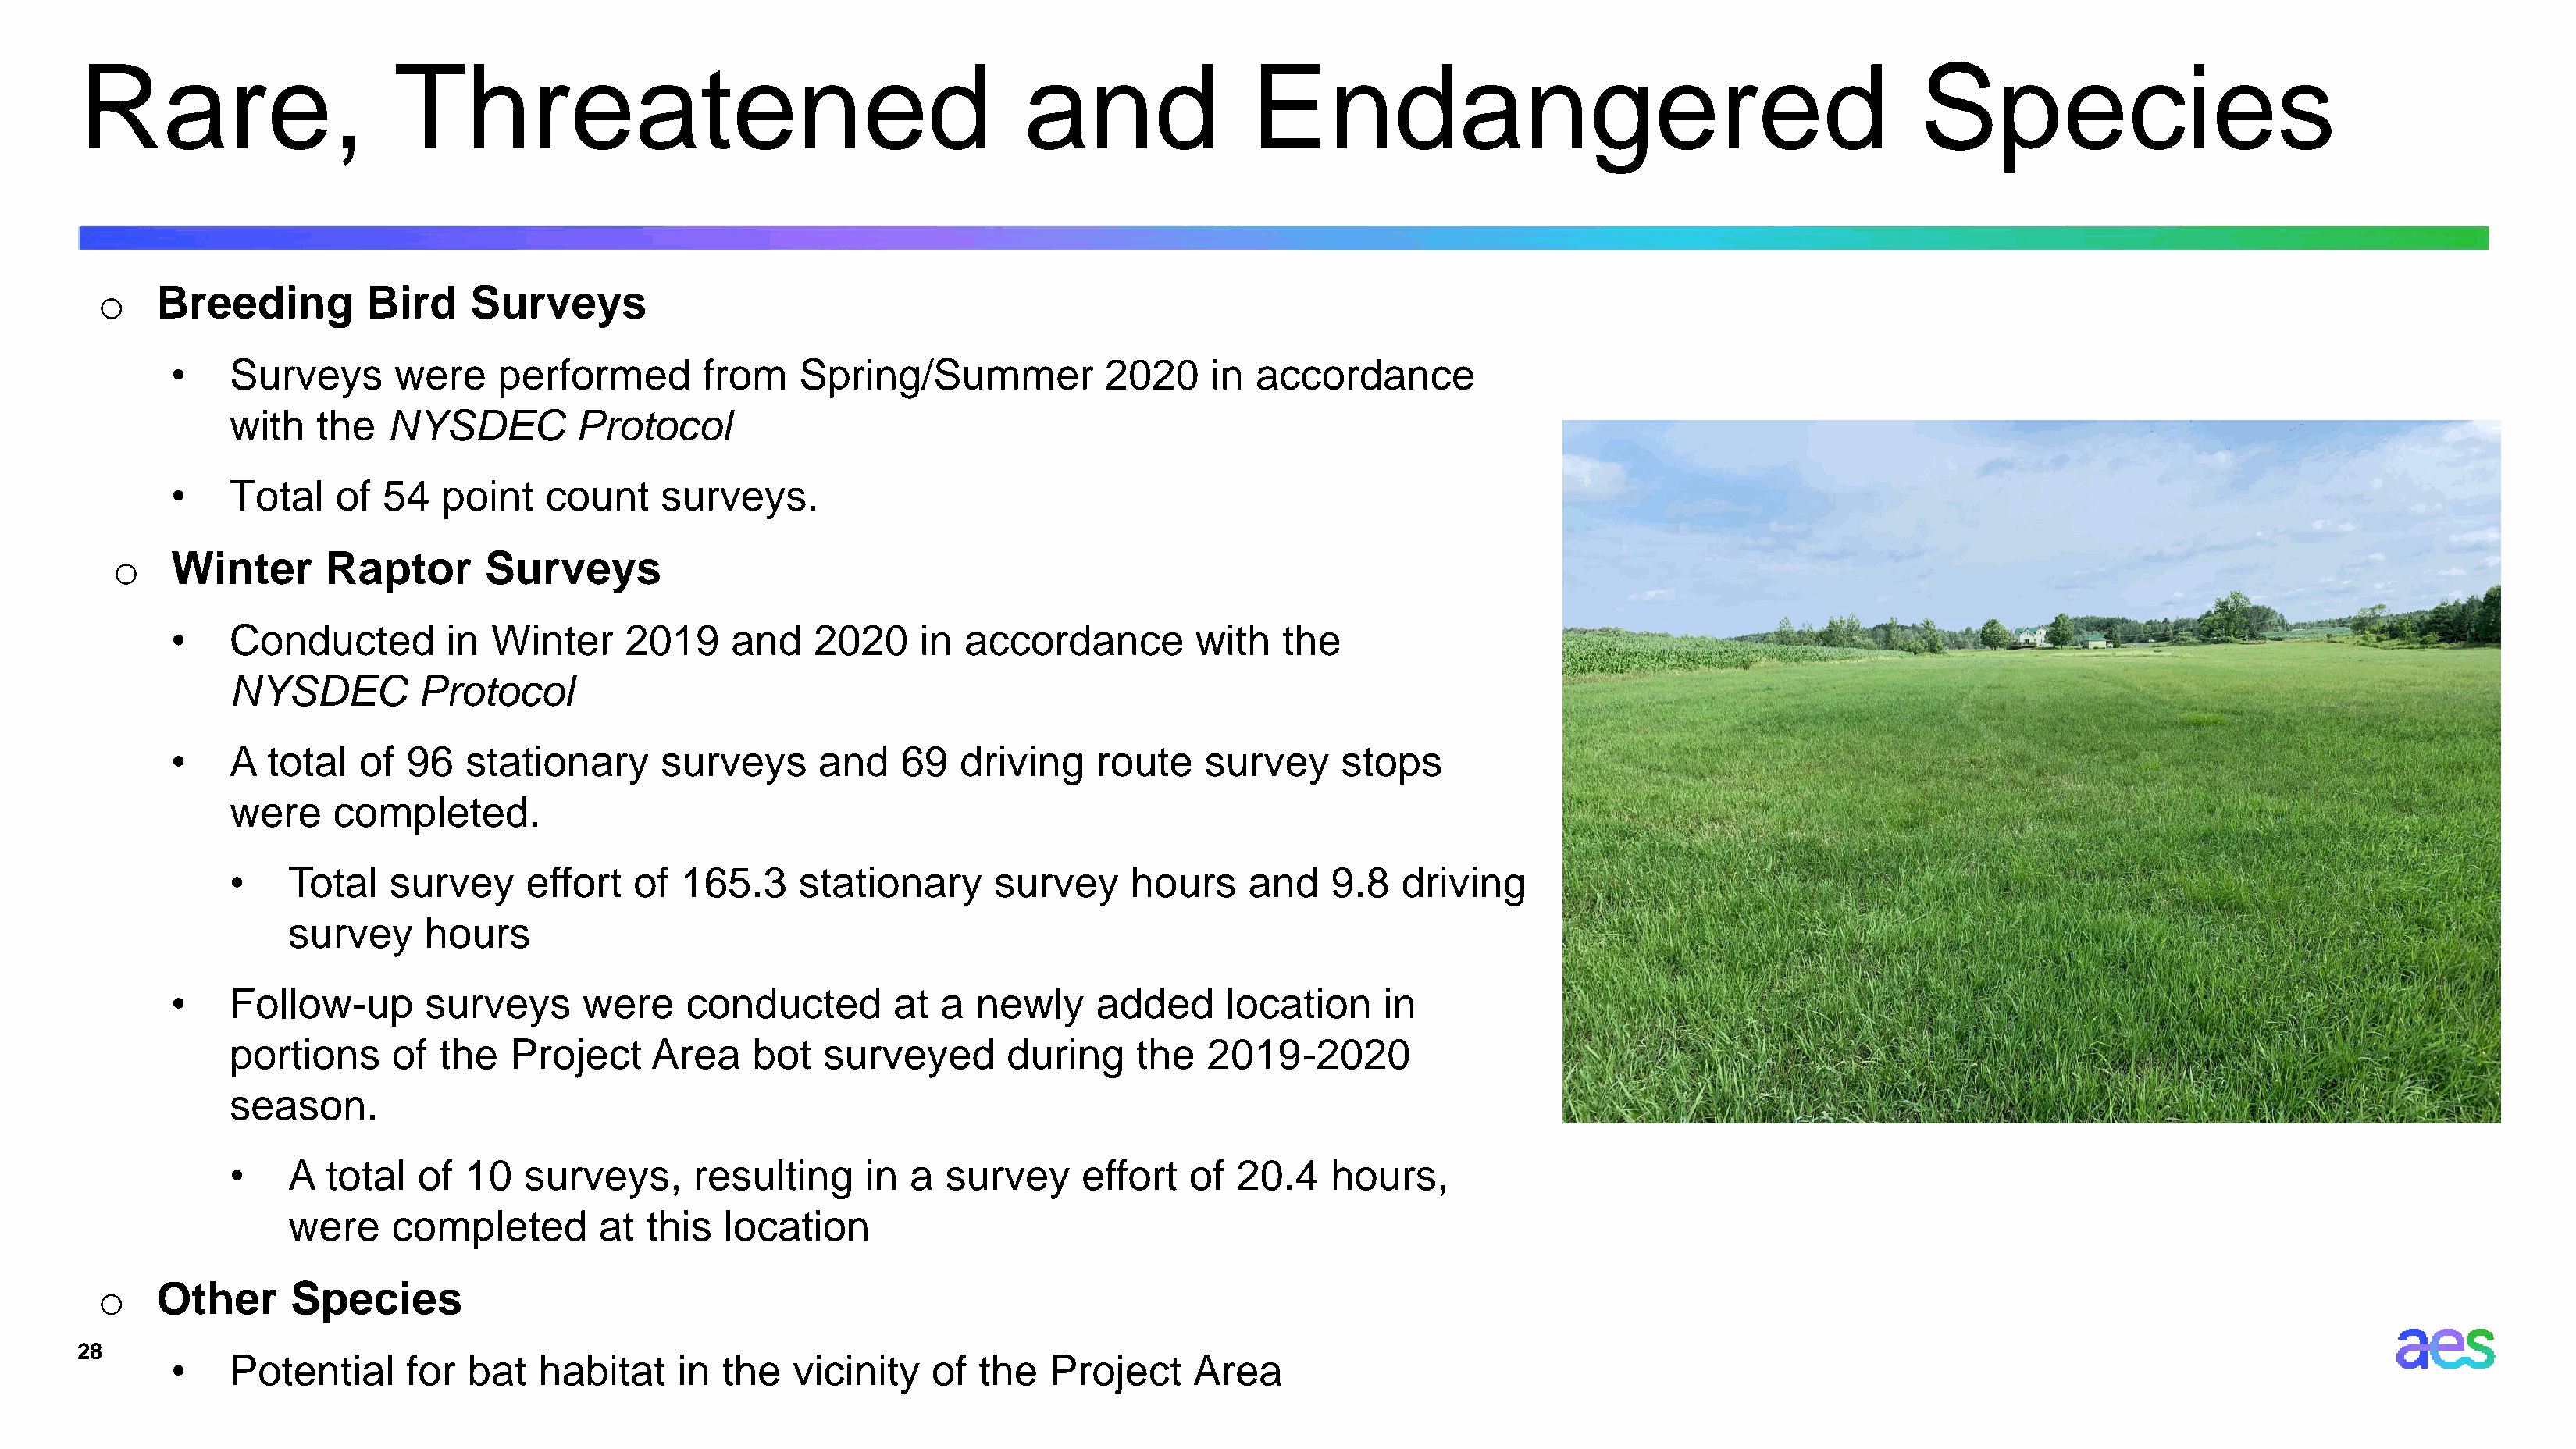
Rare,                     Threatened                                            and                Endangered                                               Species
 o    Breeding          Bird     Surveys
 •    Surveys       were     performed         from    Spring/Summer             2020     in accordance
 with    the   NYSDEC          Protocol
 •    Total    of  54   point    count     surveys.
 o   Winter        Raptor       Surveys
 •    Conducted          in  Winter     2019     and    2020     in  accordance         with    the
 NYSDEC          Protocol
 •    A   total  of  96   stationary       surveys      and    69   driving     route    survey      stops
 were     completed.
 •    Total    survey      effort   of  165.3     stationary      survey      hours     and    9.8   driving
 survey      hours
 •    Follow-up        surveys      were     conducted         at  a  newly     added      location     in
 portions      of  the   Project     Area     bot   surveyed       during     the   2019-2020
 season.
 •    A   total  of  10   surveys,       resulting     in  a  survey      effort   of  20.4    hours,
 were     completed         at  this  location
 o    Other       Species
 28
 •    Potential      for   bat   habitat    in  the   vicinity    of  the   Project     Area